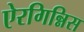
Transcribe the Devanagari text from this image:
ऐरगिन्निस